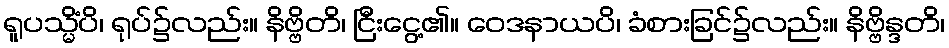
ရူပသ္မိံပိ၊ ရုပ်၌လည်း။ နိဗ္ဗိတိ၊ ငြီးငွေ့၏။ ဝေဒနာယပိ၊ ခံစားခြင်၌လည်း။ နိဗ္ဗိန္ဒတိ၊